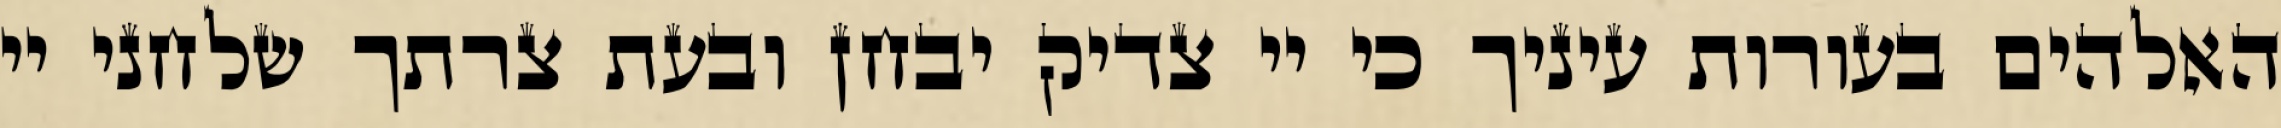
האלהים בעורות עיניך כי יי צדיק יבחן ובעת צרתך שלחני יי